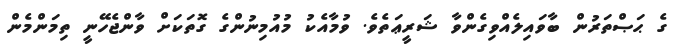
ގެ ޙަޞްތަރުން ބާވައިލެއްވިގެންވާ ޝަރީޢަތެވެ. ވުމާއެކު މުއުމިނުންގެ ގޮތަކަށް ވާންޖެހޭނީ ތިމަންމެން